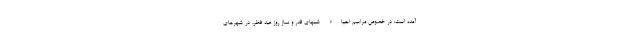
آمده است: در خصوص مراسم احیاء شبهای قدر و نماز روز عید فطر، در شهرهای